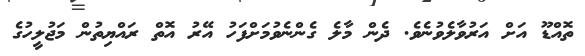
ތޮއްޑޫ އަށް އަރުވާލެވުނެވެ. ދެން މާލެ ގެންނެވުމަށްފަހު އޭރު އޮތް ރައްޔިތުން މަޖުލީހުގެ